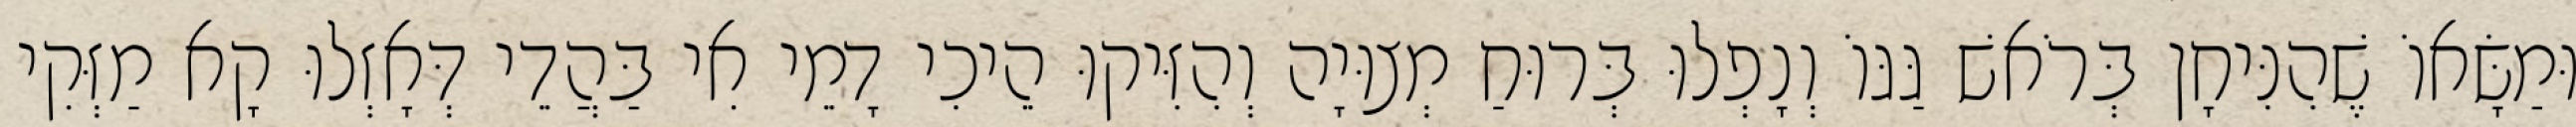
וּמַשָּׂאוֹ שֶׁהִנִּיחָן בְּרֹאשׁ גַּגּוֹ וְנָפְלוּ בְּרוּחַ מְצוּיָה וְהִזִּיקוּ הֵיכִי דָמֵי אִי בַּהֲדֵי דְּאָזְלוּ קָא מַזְּקִי